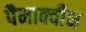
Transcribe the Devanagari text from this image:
पैमाक्वीन